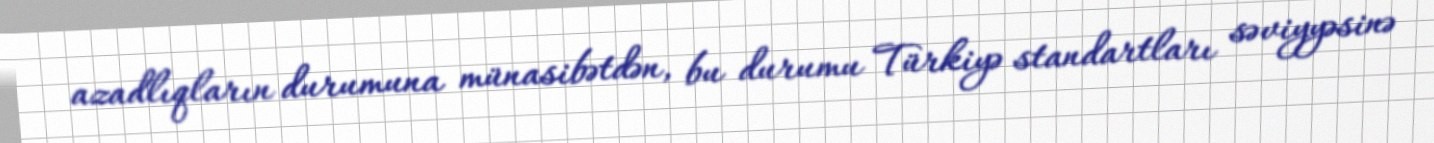
azadlıqların durumuna münasibətdən, bu durumu Türkiyə standartları səviyyəsinə